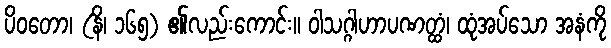
ပိဝတော၊ (နိ၊ ၁၆၅) ၏လည်းကောင်း။ ဝါသဂ္ဂါဟာပဏတ္ထံ၊ ထုံအပ်သော အနံကို